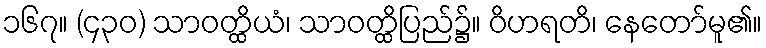
၁၆၇။ (၄၃၀) သာဝတ္ထိယံ၊ သာဝတ္ထိပြည်၌။ ဝိဟရတိ၊ နေတော်မူ၏။